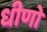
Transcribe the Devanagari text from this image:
धीणो